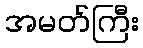
အမတ်ကြီး